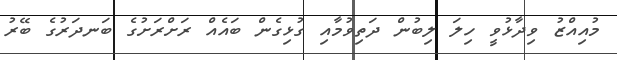
މުއިއްޒު ވިދާޅުވީ ހިލަ ލިބުން ދަތިވުމާއި ގުޅިގެން ބައެއް ރަށްރަށުގެ ބަނދަރުގެ ބޭރު